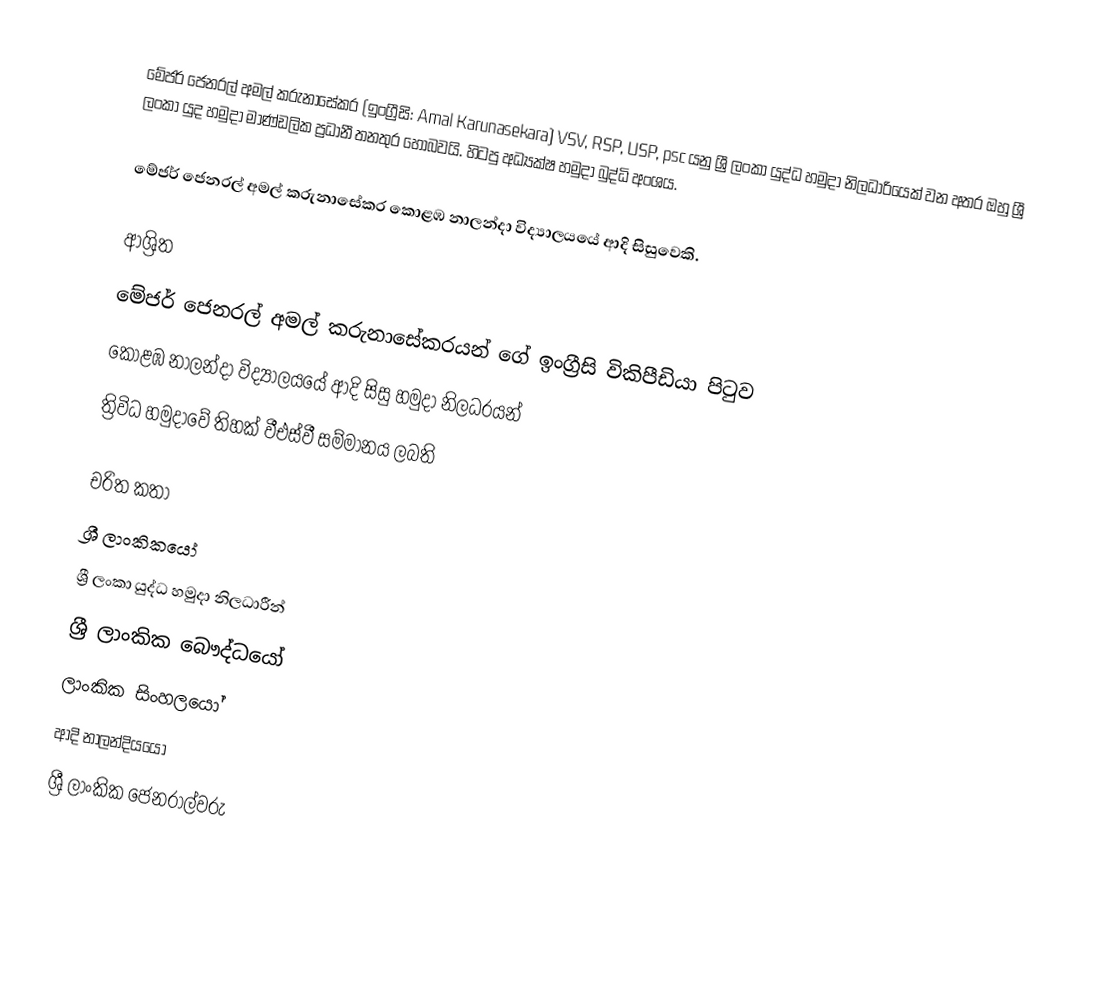
මේජර් ජෙනරල් අමල් කරුනාසේකර (ඉංග්‍රීසි: Amal Karunasekara) VSV, RSP, USP, psc යනු  ශ්‍රී ලංකා යුද්ධ හමුදා නිලධාරියෙක් වන අතර ඔහු ශ්‍රී ලංකා යුද හමුදා මාණ්ඩලික ප්‍රධානී තනතුර හොබවයි. හිටපු අධ්‍යක්ෂ හමුදා බුද්ධි අංශය.

මේජර් ජෙනරල් අමල් කරුනාසේකර  කොළඹ නාලන්දා විද්‍යාලයයේ ආදි සිසුවෙකි.

ආශ්‍රිත
  මේජර් ජෙනරල් අමල් කරුනාසේකරයන් ගේ ඉංග්‍රීසි විකිපීඩියා පිටුව
 කොළඹ නාලන්දා විද්‍යාලයයේ ආදි සිසු හමුදා නිලධරයන්
 ත්‍රිවිධ හමුදාවේ තිහක් වීඑස්වී සම්මානය ලබති

චරිත කතා
ශ්‍රී ලාංකිකයෝ
ශ්‍රී ලංකා යුද්ධ හමුදා නිලධාරීන්
ශ්‍රී ලාංකික බෞද්ධයෝ
ලාංකික සිංහලයෝ
ආදි නාලන්දියයෝ
ශ්‍රී ලාංකික ජෙනරාල්වරු